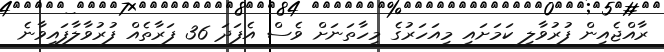
ރާއްޖެއިން ފުރުވާލި ކަމަށައި މިއަހަރުގެ މިހާތަނަށް ވެސް އެފަދަ 36 ފަރާތެއް ފުރުވާލާފައިވާނެ